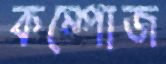
কম্পোজ